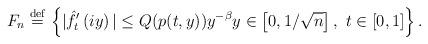
LaTeX: \begin{align*}F_n \overset{\mathrm{def}}{=} \left\{|\hat{f}'_{t}\left(iy\right)| \le Q(p(t,y)) y^{-\beta} y\in \left[0,1/\sqrt{n}\right], \ t\in\left[0,1\right]\right\}.\end{align*}